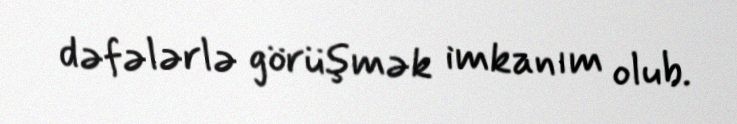
dəfələrlə görüşmək imkanım olub.